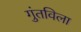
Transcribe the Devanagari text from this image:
गुंतविला